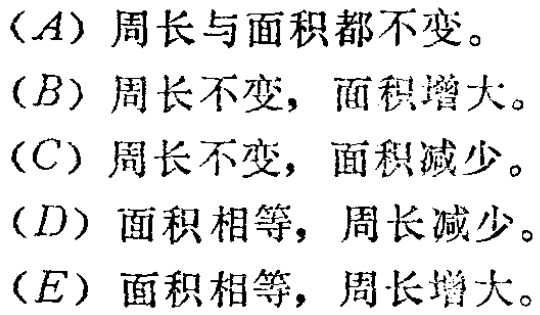
(A) 周长与面积都不变。

(B) 周长不变，面积增大。

(C) 周长不变，面积减少。

(D) 面积相等，周长减少。

(E) 面积相等，周长增大。